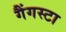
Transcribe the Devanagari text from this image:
गैंगस्टा